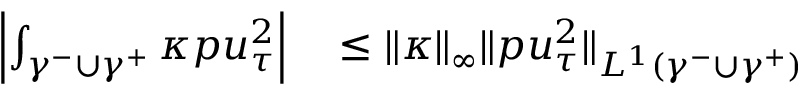
\begin{array} { r l } { \left| \int _ { \gamma ^ { - } \cup \gamma ^ { + } } \kappa p u _ { \tau } ^ { 2 } \right| } & { { } \leq \| \kappa \| _ { \infty } \| p u _ { \tau } ^ { 2 } \| _ { L ^ { 1 } ( \gamma ^ { - } \cup \gamma ^ { + } ) } } \end{array}